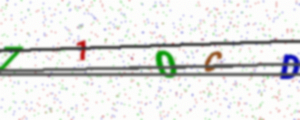
Text: 710CD